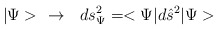
\begin{align*}|\Psi> \ \ \rightarrow \ \ ds^2_\Psi = <\Psi| d\hat s^2 | \Psi>\end{align*}